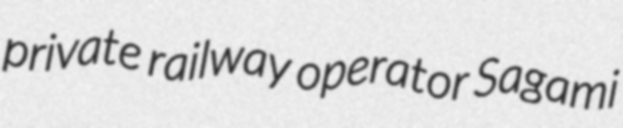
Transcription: private railway operator Sagami